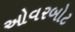
ઓવરબોટ